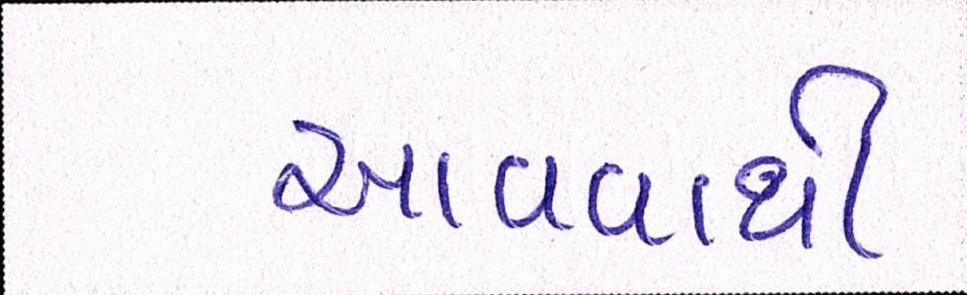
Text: આવવાથી